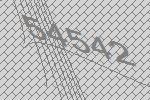
54542